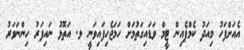
އެއަށްފަހު މިއަދު ކެމްޕެއިން ޓީމް ވަޑައިގަތުމަށް ހަމަޖެހިފައިވަނީ ޅ. އަތޮޅު ނައިފަރު ހިންނަވަރު